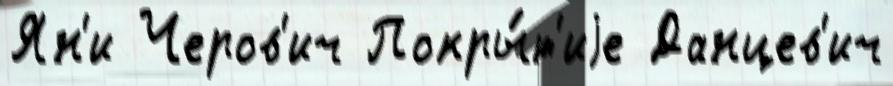
Ян'и Черов'ич Покры́т'иjе Данцев'ич